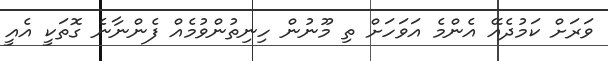
ވަރަށް ކަމުދެއޭ އެންމެ އަވަހަށް ތި މޫނުން ހިނިތުންވުމެއް ފެންނާނެ ގޮތަކީ އެއީ